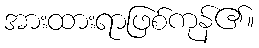
အားထားရာဖြစ်ကုန်၏။